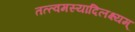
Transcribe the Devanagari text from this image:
तत्त्वमस्यादिलक्ष्यम्